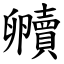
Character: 贕